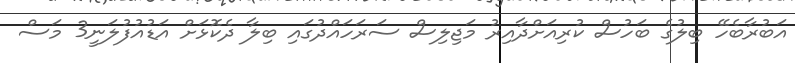
އަބުރާބެހޭ ބިލުގެ ބަހުސް ކުރިއަށްދާއިރު މަޖިލިސް ސަރަހައްދުގައި ބިލާ ދެކޮޅަށް އަޑުއުފުލަނީ3 މަސް